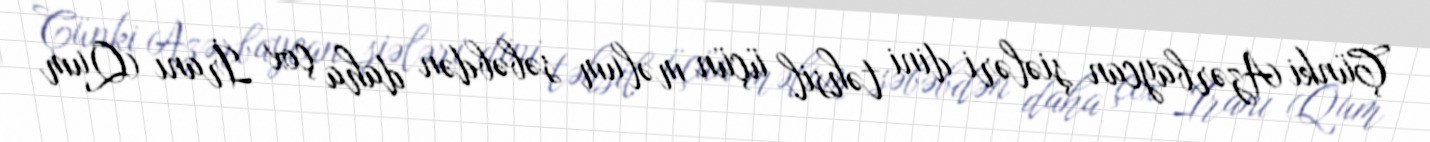
Çünki Azərbaycan şiələri dini təhsil üçün məlum səbəbdən daha çox İranı (Qum